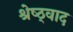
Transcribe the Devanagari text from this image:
श्रेष्ठ्वाद